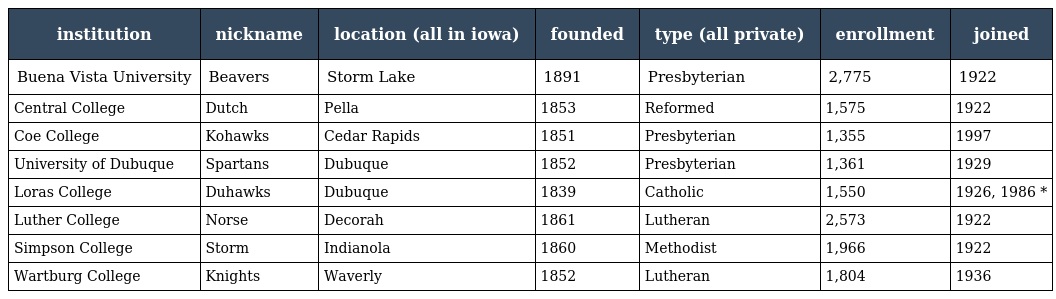
| institution | nickname | location (all in iowa) | founded | type (all private) | enrollment | joined |
 | --- | --- | --- | --- | --- | --- | --- |
 | Buena Vista University | Beavers | Storm Lake | 1891 | Presbyterian | 2,775 | 1922 |
 | Central College | Dutch | Pella | 1853 | Reformed | 1,575 | 1922 |
 | Coe College | Kohawks | Cedar Rapids | 1851 | Presbyterian | 1,355 | 1997 |
 | University of Dubuque | Spartans | Dubuque | 1852 | Presbyterian | 1,361 | 1929 |
 | Loras College | Duhawks | Dubuque | 1839 | Catholic | 1,550 | 1926, 1986 * |
 | Luther College | Norse | Decorah | 1861 | Lutheran | 2,573 | 1922 |
 | Simpson College | Storm | Indianola | 1860 | Methodist | 1,966 | 1922 |
 | Wartburg College | Knights | Waverly | 1852 | Lutheran | 1,804 | 1936 |